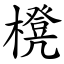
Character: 櫈